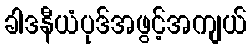
ခါဒနီယံပုဒ်အဖွင့်အကျယ်